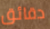
دقائق